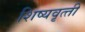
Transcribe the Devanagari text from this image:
शिष्‍यवृत्‍ती